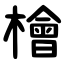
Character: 檜